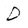
Character: D